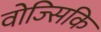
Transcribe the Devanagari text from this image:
वोज्सिकि